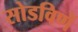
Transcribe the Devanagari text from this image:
सोडविणें